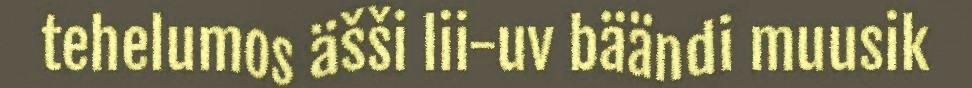
tehelumos äšši lii-uv bäändi muusik